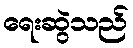
ရေးဆွဲသည်